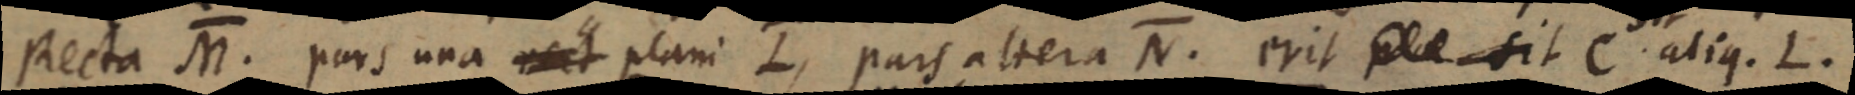
Recta M. pars una rect plani L, pars altera N. erit pla sit C aliq. L.